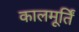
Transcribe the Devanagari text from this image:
कालमूर्तिं